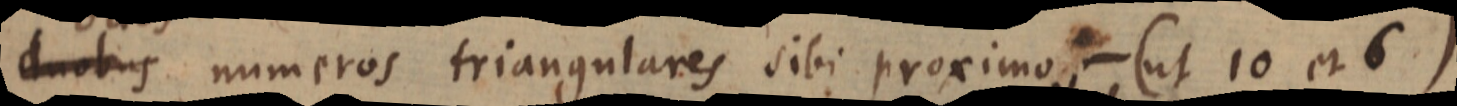
duobus numeros triangulares sibi proximos - (ut 10 et 6)